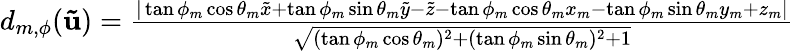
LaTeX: \begin{array}{r}{d_{m,\phi}(\mathbf{\tilde{u}})=\frac{|\tan\phi_{m}\cos\theta_{m}\tilde{x}+\tan\phi_{m}\sin\theta_{m}\tilde{y}-\tilde{z}-\tan\phi_{m}\cos\theta_{m}x_{m}-\tan\phi_{m}\sin\theta_{m}y_{m}+z_{m}|}{\sqrt{(\tan\phi_{m}\cos\theta_{m})^{2}+(\tan\phi_{m}\sin\theta_{m})^{2}+1}}}\end{array}